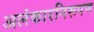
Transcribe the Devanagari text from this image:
अलंकारनिरूपण